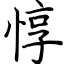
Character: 惇